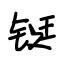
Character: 铤